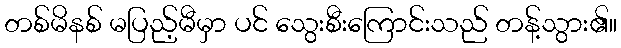
တစ်မိနစ် မပြည့်မီမှာ ပင် သွေးစီးကြောင်းသည် တန့်သွား၏။